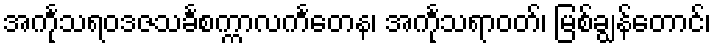
အင်္ကုသရဝဒဇသင်္ခစက္ကာလင်္ကတေန၊ အင်္ကုသရာဝတ်၊ မြစ်ချွန်တောင်၊